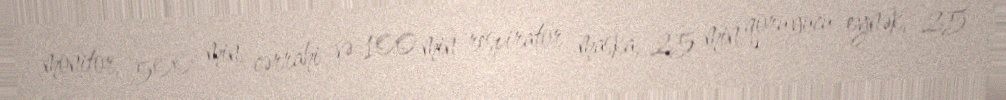
monitor, 500 min cərrahi və 100 min respirator maska, 25 min qoruyucu eynək, 25